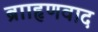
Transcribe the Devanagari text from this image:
ब्रााहृणवाद